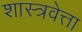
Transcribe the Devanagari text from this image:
शास्त्रवेत्ता